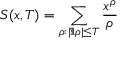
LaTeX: \quad S ( x , T ) = \sum _ { \rho : | \Im \rho | \leq T } { \frac { x ^ { \rho } } { \rho } }